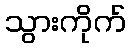
သွားကိုက်